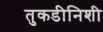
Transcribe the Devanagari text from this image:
तुकडीनिशी